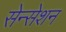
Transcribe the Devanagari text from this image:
सेन्सेशन